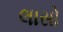
લાસો